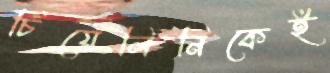
চিয়েলিনিকেই